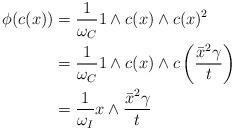
LaTeX: \begin{align*} \phi(c(x)) &= \frac{1}{\omega_C} 1 \wedge c(x) \wedge c(x)^2 \\ &= \frac{1}{\omega_C} 1 \wedge c(x) \wedge c\left(\frac{\bar x^2 \gamma}{t}\right) \\ &= \frac{1}{\omega_I} x \wedge \frac{\bar x^2 \gamma}{t}\end{align*}